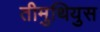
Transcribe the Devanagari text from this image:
तीमुथियुस